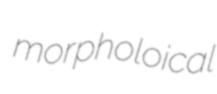
morpholoical